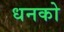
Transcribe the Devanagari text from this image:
धनको